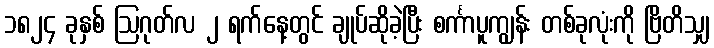
၁၈၂၄ ခုနှစ် ဩဂုတ်လ ၂ ရက်နေ့တွင် ချုပ်ဆိုခဲ့ပြီး စင်္ကာပူကျွန်း တစ်ခုလုံးကို ဗြိတိသျှ